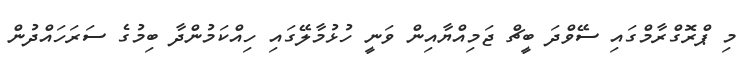
މި ޕްރޮގްރާމްގައި ސޭވްދަ ބީޗް ޖަމިއްޔާއިން ވަނީ ހުޅުމާލޭގައި ހިއްކަމުންދާ ބިމުގެ ސަރަހައްދުން